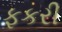
ફકરી